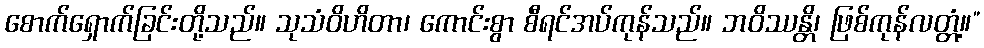
စောက်ရှောက်ခြင်းတို့သည်။ သုသံဝိဟိတာ၊ ကောင်းစွာ စီရင်အပ်ကုန်သည်။ ဘဝိဿန္တိ၊ ဖြစ်ကုန်လတ္တံ့။”